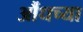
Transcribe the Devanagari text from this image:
औंधच्या